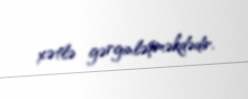
xətlə gərginləşməkdədir.